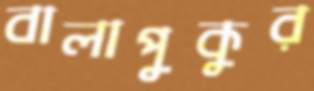
বালাপুকুর